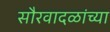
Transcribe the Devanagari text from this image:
सौरवादळांच्या